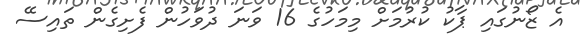
އެ ޒޯނުގައި ޕާކު ކުރުމަށް މިމަހުގެ 16 ވަނަ ދުވަހުން ފެށިގެން ތައިސޭ